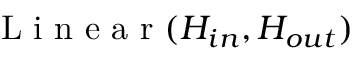
\mathrm { ~ L ~ i ~ n ~ e ~ a ~ r ~ } ( H _ { i n } , H _ { o u t } )